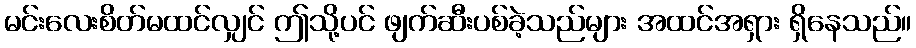
မင်းလေးစိတ်မထင်လျှင် ဤသို့ပင် ဖျက်ဆီးပစ်ခဲ့သည်များ အထင်အရှား ရှိနေသည်။